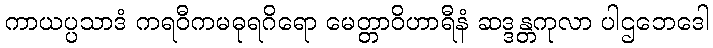
ကာယပ္ပသာဒံ ကရဝီကမဓုရဂိရော မေတ္တာဝိဟာရီနံ ဆဒ္ဒန္တကုလာ ပါဌဘေဒေါ